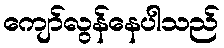
ကျော်လွန်နေပါသည်